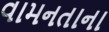
વામનતાના